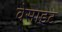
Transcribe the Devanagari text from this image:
वेसाइट